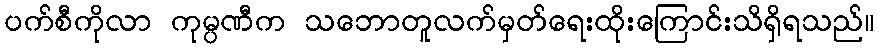
ပက်စီကိုလာ ကုမ္ပဏီက သဘောတူလက်မှတ်ရေးထိုးကြောင်းသိရှိရသည်။